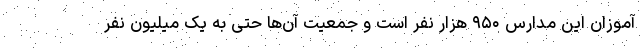
آموزان این مدارس ۹۵۰ هزار نفر است و جمعیت آن‌ها حتی به یک میلیون نفر